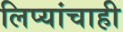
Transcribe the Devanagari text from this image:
लिप्यांचाही